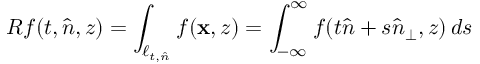
R f ( t , \hat { n } , z ) = \int _ { \ell _ { t , \hat { n } } } f ( \mathbf { x } , z ) = \int _ { - \infty } ^ { \infty } f ( t \hat { n } + s \hat { n } _ { \perp } , z ) \, d s